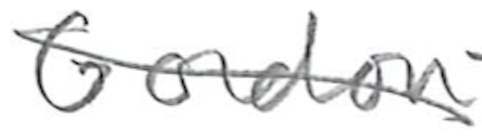
Text: Gordon
Cross-out: mix
Writing tool: pencil